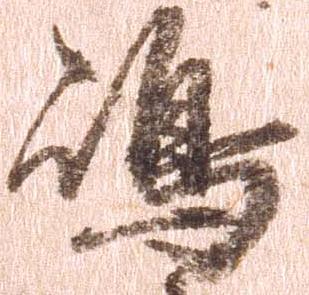
嶋